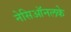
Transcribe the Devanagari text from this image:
नेसिऑनलके